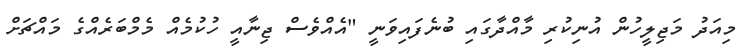
މިއަދު މަޖިލީހުން އުނިކުރި މާއްދާގައި ބުނެފައިވަނީ "އެއްވެސް ޖިނާއީ ހުކުމެއް މެމްބަރެއްގެ މައްޗަށް